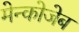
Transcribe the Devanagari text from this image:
मेन्कोजेब